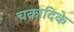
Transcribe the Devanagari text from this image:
चक्रादिके